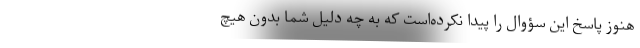
هنوز پاسخ این سؤوال را پیدا نکرده‌است که به چه دلیل شما بدون هیچ